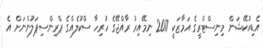
އެޑިއުކޭޝަން މިނިސްޓްރީގެ އަމާޒަކީ 2017 ނިމޭއިރު ރާއްޖޭގެ ހުރިހާ ސްކޫލެއްގެ ޕްރިންސިޕަލުންނަށް އެ